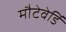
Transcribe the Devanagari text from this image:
मौटेवेर्डि